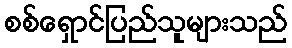
စစ်ရှောင်ပြည်သူများသည်